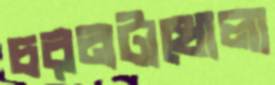
চরনটাখোলা